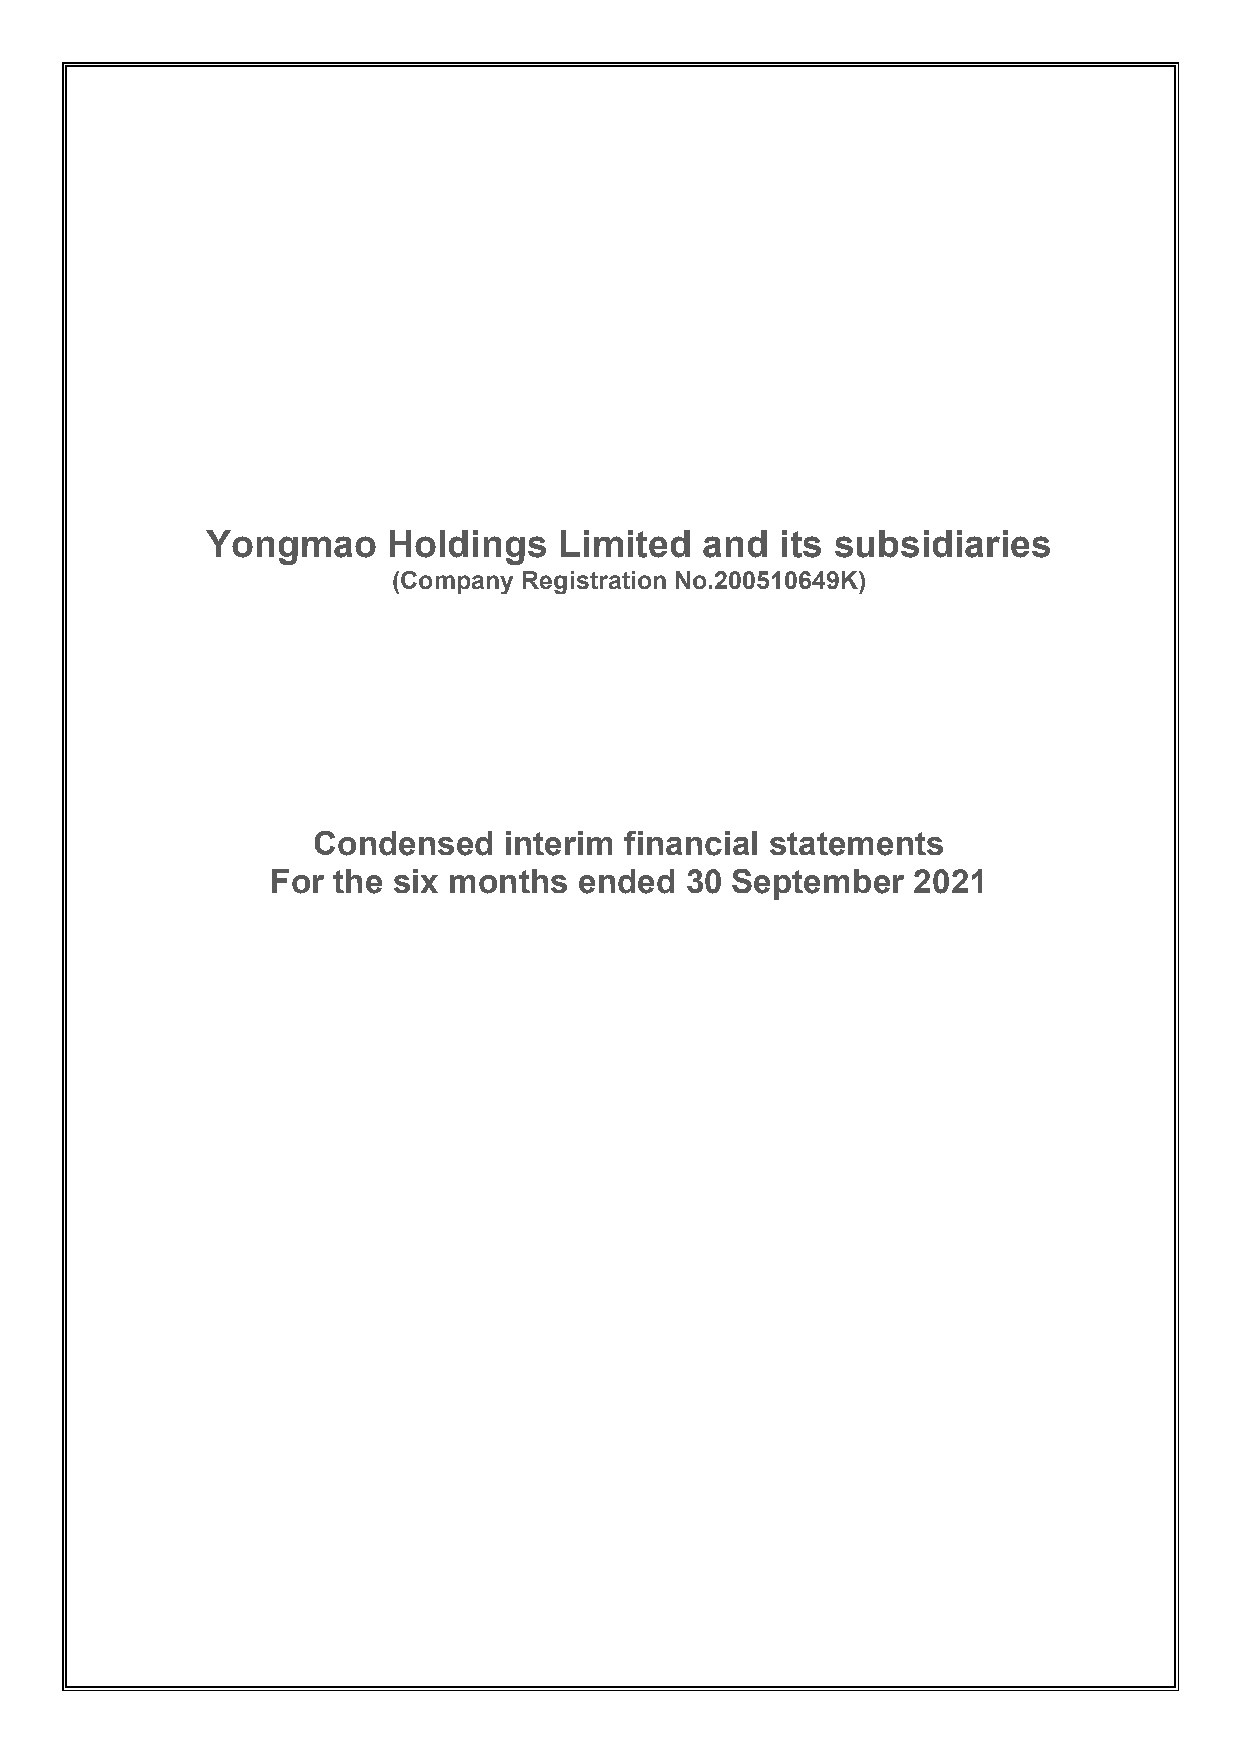
Yongmao     Holdings   Limited  and   its subsidiaries
 (Company Registration No.200510649K)
 Condensed   interim financial statements
 For the six months  ended  30 September   2021